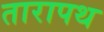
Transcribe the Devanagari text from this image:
तारापथ